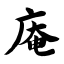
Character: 庵